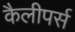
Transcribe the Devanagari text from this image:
कैलीपर्स